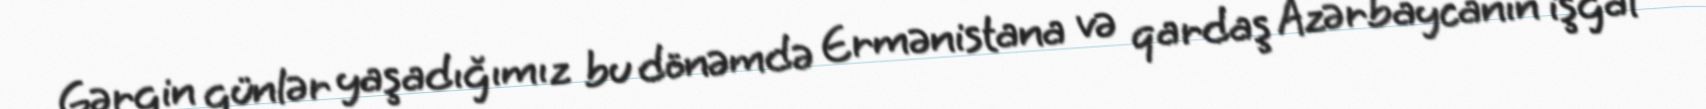
Gərgin günlər yaşadığımız bu dönəmdə Ermənistana və qardaş Azərbaycanın işğal